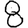
Digit: 8